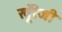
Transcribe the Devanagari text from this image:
खूँरेजी